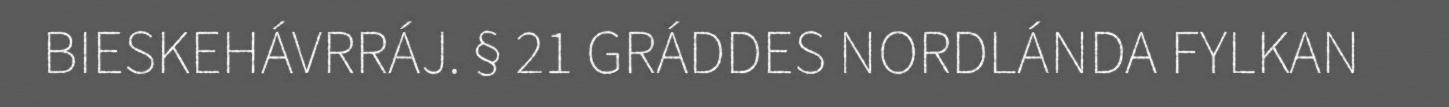
BIESKEHÁVRRÁJ. § 21 GRÁDDES NORDLÁNDA FYLKAN